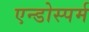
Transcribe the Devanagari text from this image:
एन्डोस्पर्म